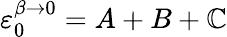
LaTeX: \varepsilon_{0}^{\beta\rightarrow0}=A+B+\mathbb{C}